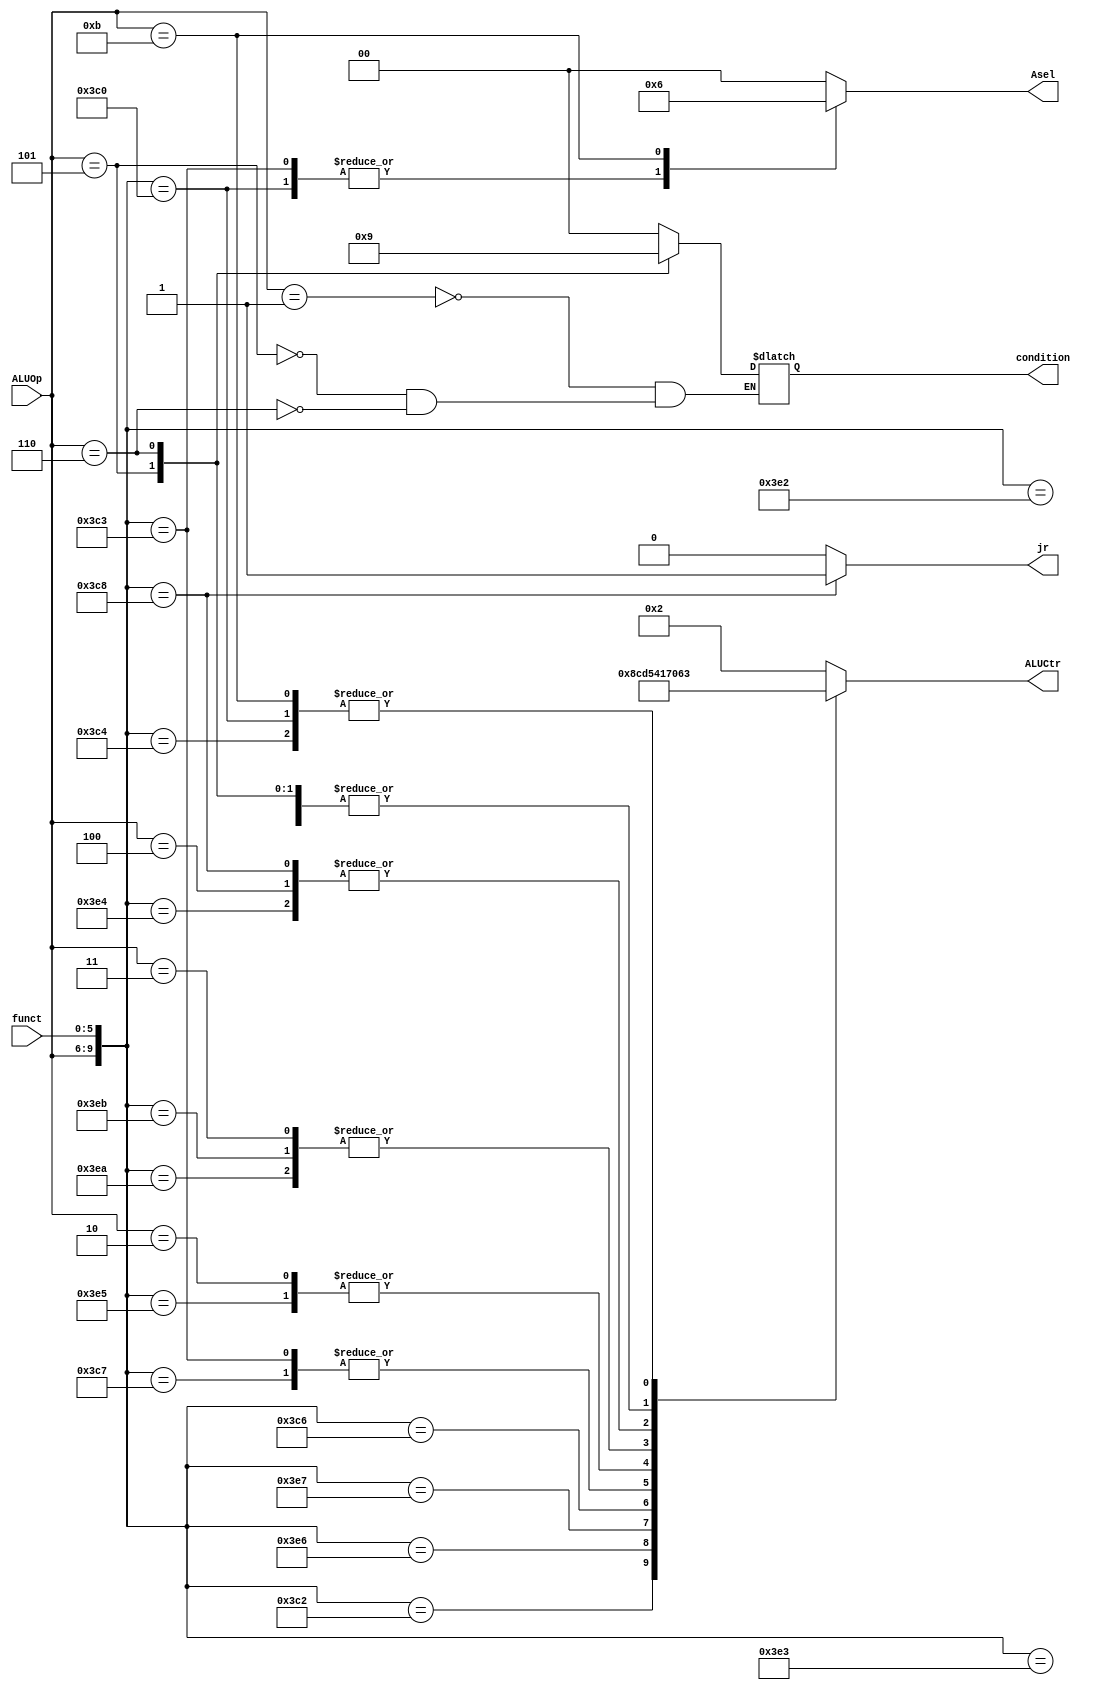
`timescale 1ns / 1ps
module aluctr(
input [3:0] ALUOp, input [5:0] funct, output reg [3:0]  ALUCtr, output reg [1:0] Asel, output reg jr, output reg [1:0] condition
);

always @(ALUOp or funct) begin //  
casex({ALUOp, funct}) // 
// R
10'b1111000010: begin ALUCtr = 4'b1000;  Asel =  2'b00; jr = 0; end // mul
10'b1111100000: begin ALUCtr = 4'b0010;  Asel =  2'b00; jr = 0; end// add 
10'b1111100001: begin ALUCtr = 4'b0010;  Asel =  2'b00; jr = 0; end// addu
10'b1111100010: begin ALUCtr = 4'b0110;  Asel =  2'b00; jr = 0; end// sub
10'b1111100011: begin ALUCtr = 4'b0110;  Asel =  2'b00; jr = 0; end// subu
//10'b1111011010: begin ALUCtr = 4'b0000;  Asel =  2'b00; jr = 0; div_ = 1; end // div
10'b1111100100: begin ALUCtr = 4'b0000;  Asel =  2'b00; jr = 0; end// and 
10'b1111100101: begin ALUCtr = 4'b0001;  Asel =  2'b00; jr = 0; end// or 
10'b1111100110: begin ALUCtr = 4'b1100;  Asel =  2'b00; jr = 0; end // xor
10'b1111100111: begin ALUCtr = 4'b1101;  Asel =  2'b00; jr = 0; end // nor
10'b1111101010: begin ALUCtr = 4'b0111;  Asel =  2'b00; jr = 0; end// slt
10'b1111101011: begin ALUCtr = 4'b0111;  Asel =  2'b00; jr = 0; end// sltu

10'b1111000000: begin ALUCtr = 4'b0011;  Asel =  2'b01; jr = 0; end// sll
10'b1111000010: begin ALUCtr = 4'b0101;  Asel =  2'b01; jr = 0; end // srl
10'b1111000011: begin ALUCtr = 4'b0100;  Asel =  2'b01; jr = 0; end // sra
10'b1111000100: begin ALUCtr = 4'b0011;  Asel =  2'b00; jr = 0; end // sllv
10'b1111000110: begin ALUCtr = 4'b0101;  Asel =  2'b00; jr = 0; end // srlv
10'b1111000111: begin ALUCtr = 4'b0100;  Asel =  2'b00; jr = 0; end // srav
10'b1111001000: begin ALUCtr = 4'b0000;  Asel =  2'b00; jr = 1; end // jr

// I
10'b0000xxxxxx: begin ALUCtr = 4'b0010;  Asel =  2'b00; jr = 0; end // lwswaddi 
10'b0001xxxxxx: begin ALUCtr = 4'b0110;  Asel =  2'b00; jr = 0; condition = 2'b00; end // beq
10'b0010xxxxxx: begin ALUCtr = 4'b0001;  Asel =  2'b00; jr = 0; end// ori
10'b0011xxxxxx: begin ALUCtr = 4'b0111;  Asel =  2'b00; jr = 0; end// slti
10'b0100xxxxxx: begin ALUCtr = 4'b0000; Asel = 2'b00; jr = 0; end // andi
10'b0101xxxxxx: begin ALUCtr = 4'b0110; Asel = 2'b00; jr = 0; condition = 2'b10; end // bltz
10'b0110xxxxxx: begin ALUCtr = 4'b0110;  Asel =  2'b00; jr = 0; condition = 2'b01; end// bne
10'b1000xxxxxx: begin ALUCtr = 4'b0010; Asel = 2'b00; jr = 0; end // addiu
10'b1011xxxxxx: begin ALUCtr = 4'b0011;  Asel =  2'b10; jr = 0; end // lui 
default:begin ALUCtr = 4'b0010;  Asel =  2'b00; jr = 0; end
endcase 
end
endmodule